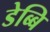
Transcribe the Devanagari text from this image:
डेब्बि